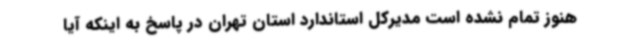
هنوز تمام نشده است مدیرکل استاندارد استان تهران در پاسخ به اینکه آیا